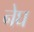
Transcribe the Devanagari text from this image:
नेघ